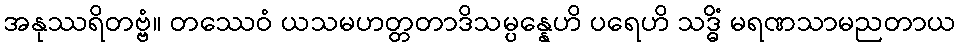
အနုဿရိတဗ္ဗံ။ တဿေဝံ ယသမဟတ္တတာဒိသမ္ပန္နေဟိ ပရေဟိ သဒ္ဓိံ မရဏသာမညတာယ